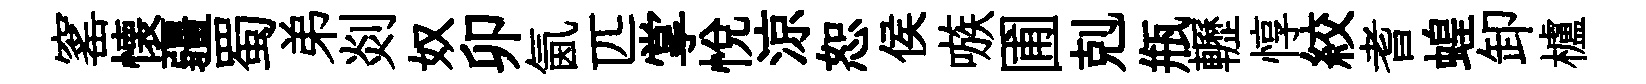
窰懐疆蜀弟剡奴卯氤匹掌悅涼恕侯嗾圃剋瓶轣惇絞耆蝗卸櫨